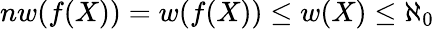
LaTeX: nw(f(X))=w(f(X))\leq w(X)\leq\aleph_{0}